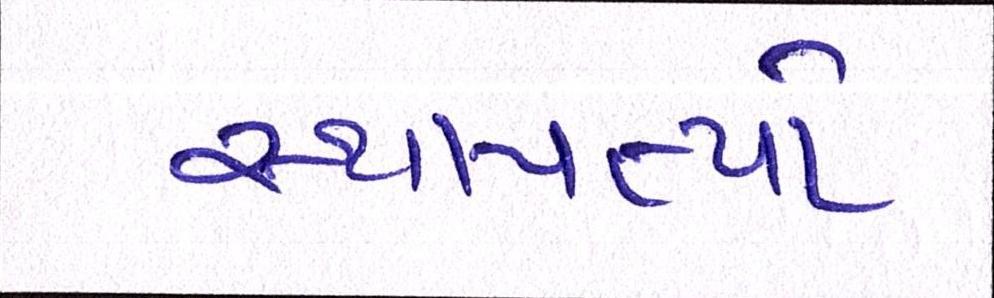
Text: સ્થાપત્યો